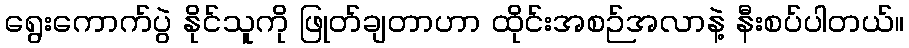
ရွေးကောက်ပွဲ နိုင်သူကို ဖြုတ်ချတာဟာ ထိုင်းအစဉ်အလာနဲ့ နီးစပ်ပါတယ်။